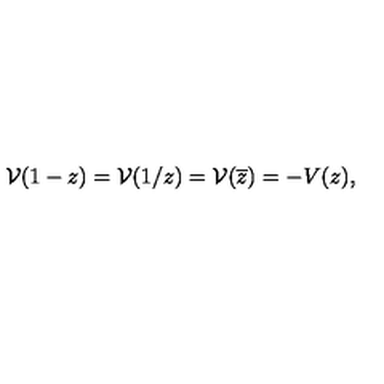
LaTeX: { \cal V } ( 1 - z ) = { \cal V } ( 1 / z ) = { \cal V } ( \overline { { z } } ) = - V ( z ) ,